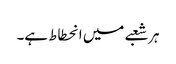
ہر شعبے میں انحطاط ہے۔